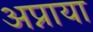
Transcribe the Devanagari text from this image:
अप्नाया